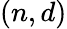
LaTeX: (n,d)